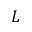
L